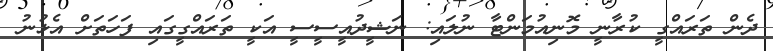
ދެން ތަރައްގީ ކުރާނީ މޮނިއުމަންޓާ ނުލައި: ނަޝީދުއީސީސީ އަކީ ތަރައްގީގައި ފަހަތަށް އެޅުނު